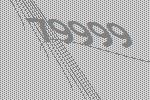
79999